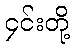
၄င်းတို့